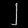
Digit: ၂